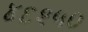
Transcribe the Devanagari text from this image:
४६२५०